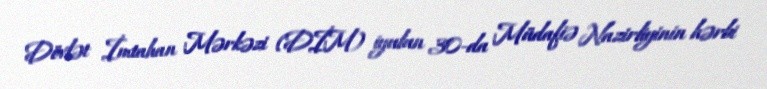
Dövlət İmtahan Mərkəzi (DİM) iyulun 30-da Müdafiə Nazirliyinin hərbi